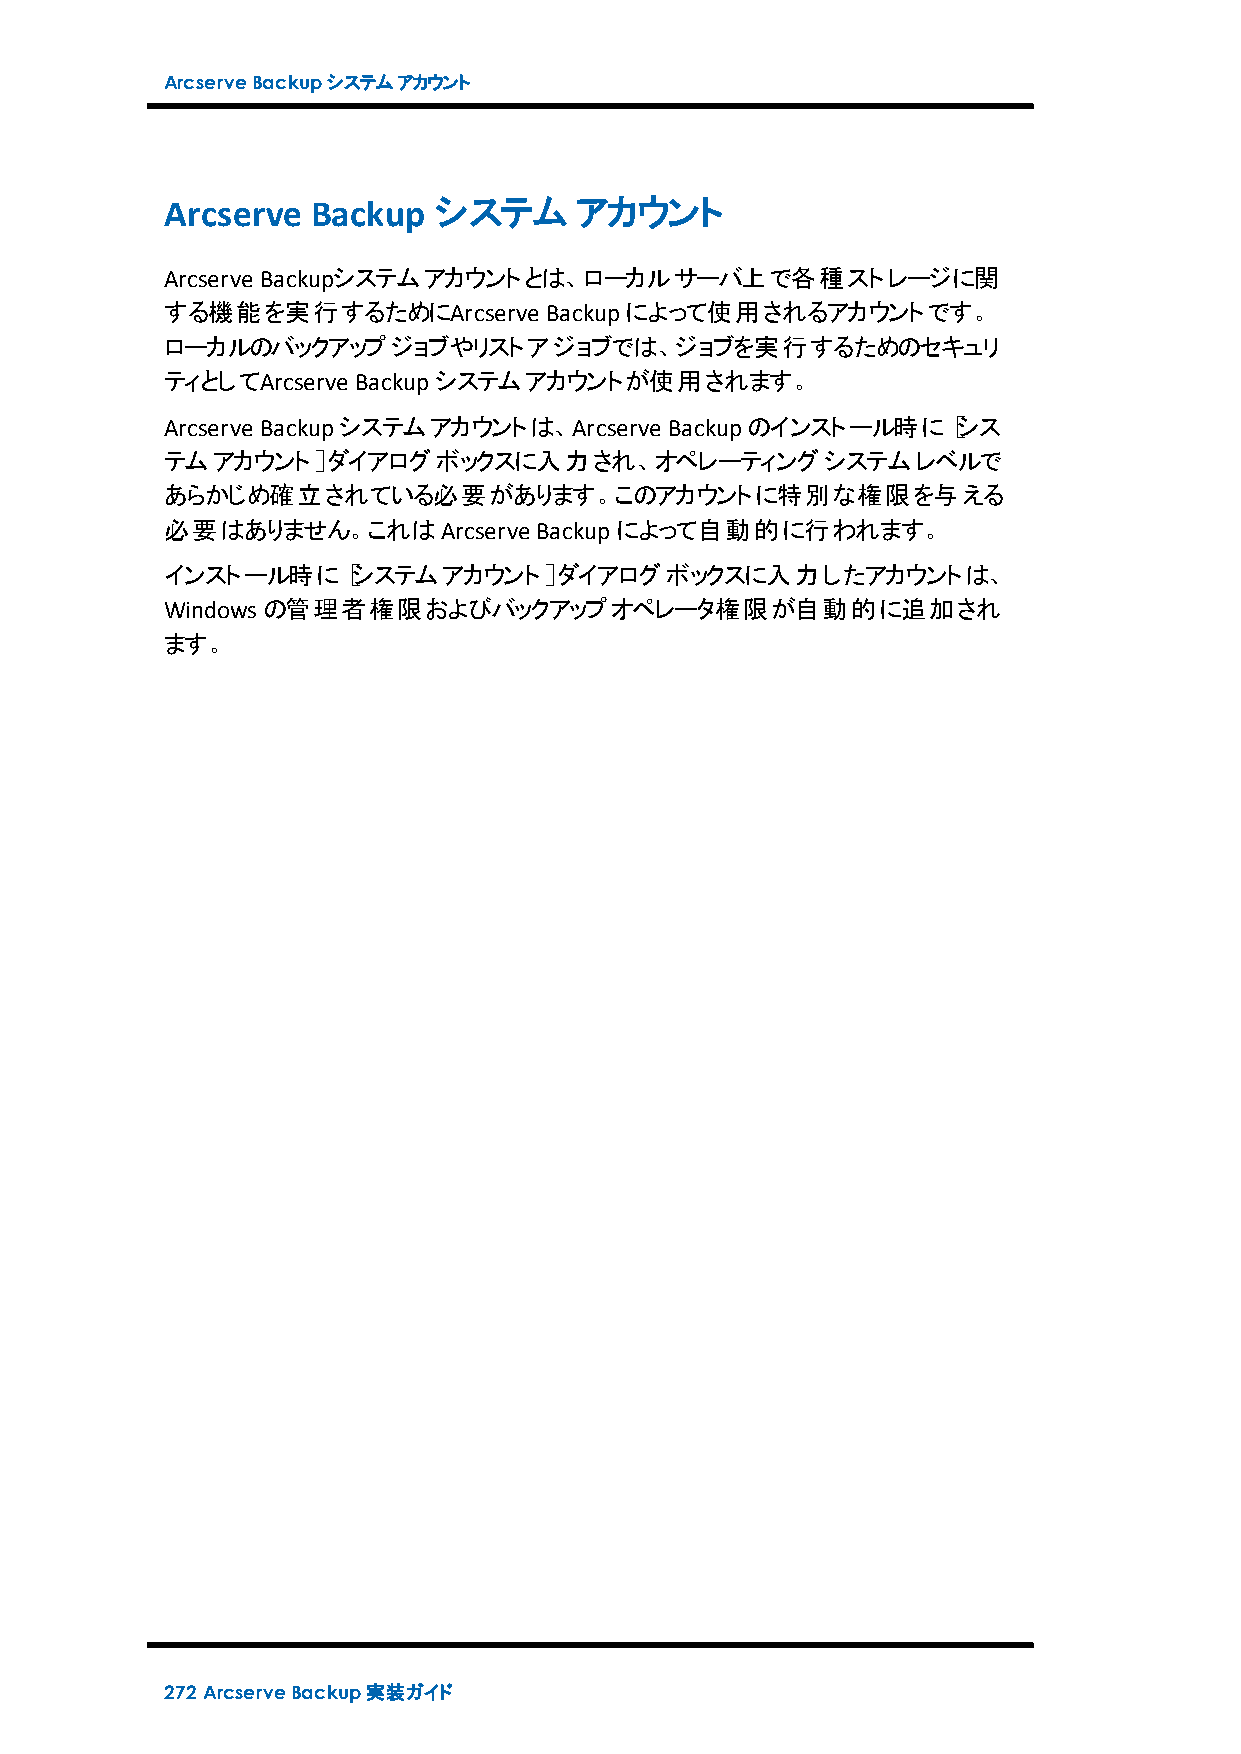
ArcserveBackupシステムアカウント
 Arcserve  Backup  システム     アカウント
 Arcserve Backupシステムアカウントとは、ローカルサーバ上で各種ストレージに関
 する機能を実行するためにArcserve     Backupによって使用されるアカウントです。
 ローカルのバックアップジョブやリストアジョブでは、ジョブを実行するためのセキュリ
 ティとしてArcserve Backupシステムアカウントが使用されます。
 Arcserve Backupシステムアカウントは、Arcserve Backupのインストール時に［シス
 テムアカウント］ダイアログボックスに入力され、オペレーティングシステムレベルで
 あらかじめ確立されている必要があります。このアカウントに特別な権限を与える
 必要はありません。これはArcserve    Backupによって自動的に行われます。
 インストール時に［システムアカウント］ダイアログボックスに入力したアカウントは、
 Windowsの管理者権限およびバックアップオペレータ権限が自動的に追加され
 ます。
 272 ArcserveBackup実装ガイド